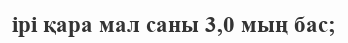
ірі қара мал саны 3,0 мың бас;